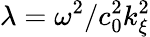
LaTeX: \lambda=\omega^{2}/c_{0}^{2}k_{\xi}^{2}